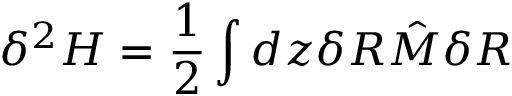
\delta ^ { 2 } H = \frac { 1 } { 2 } \int d z \delta R { \hat { M } } \delta R